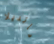
مانديلا